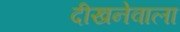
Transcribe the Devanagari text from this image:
दीखनेवाला